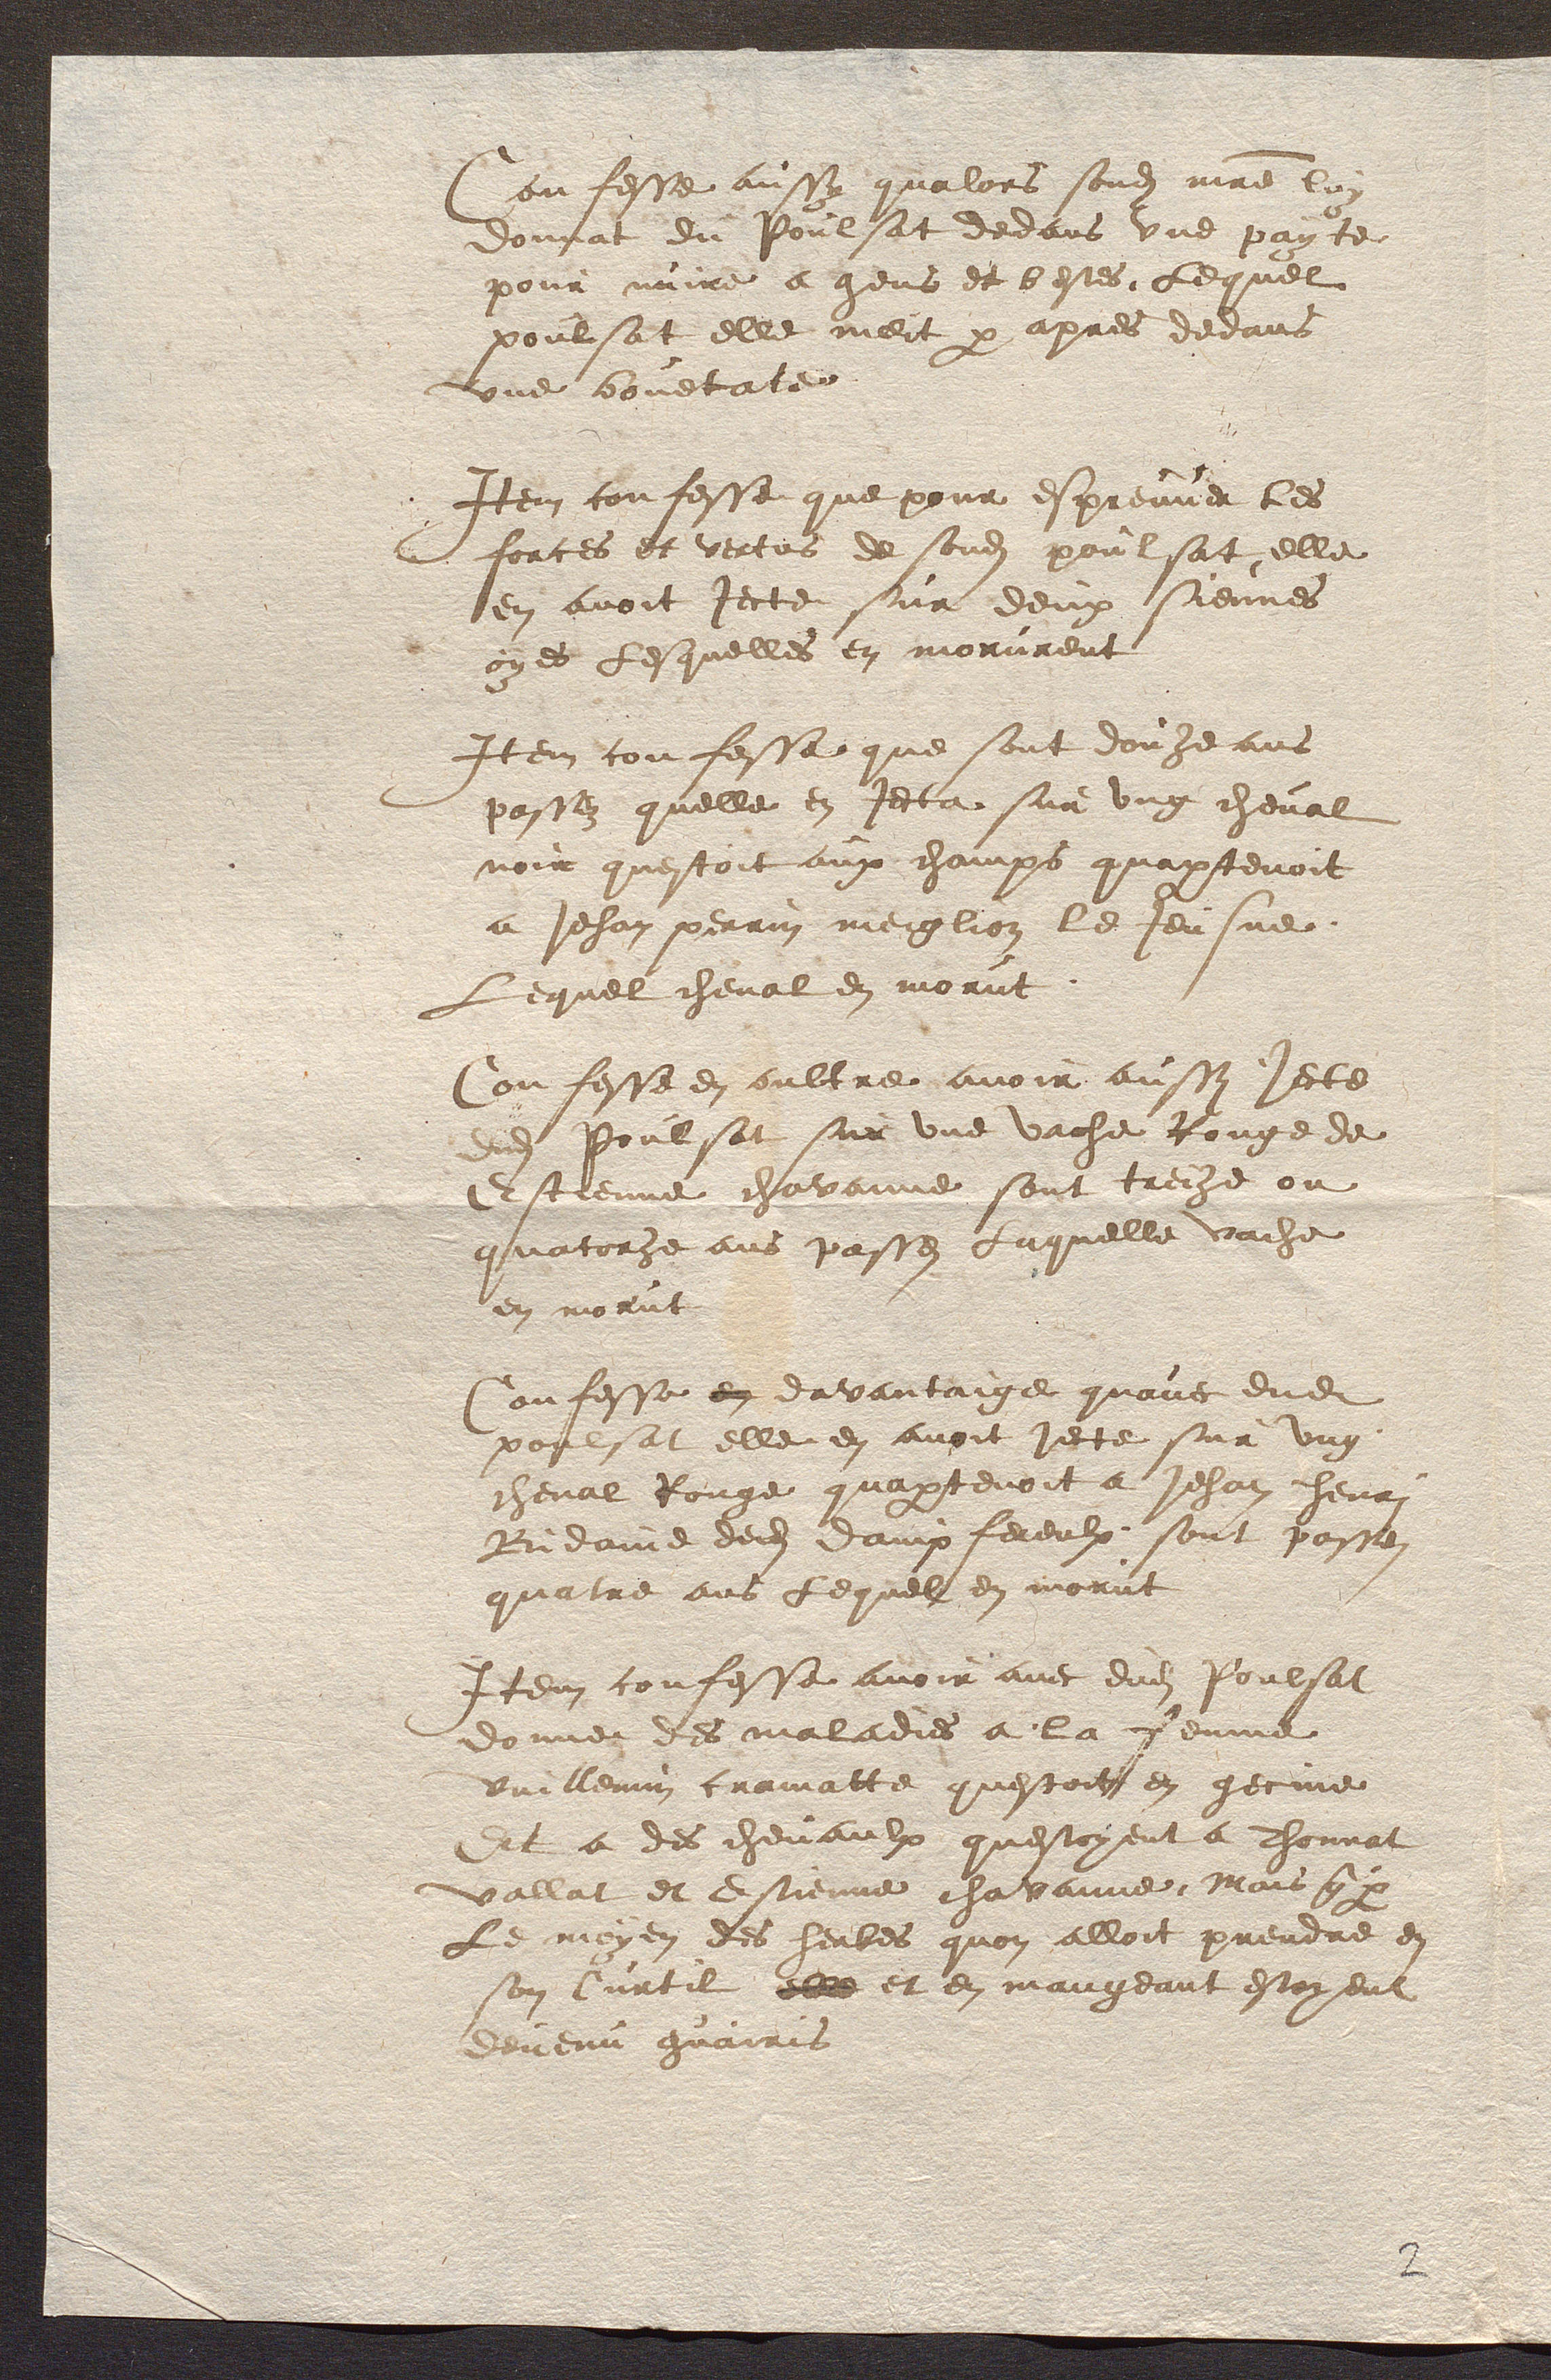
unfesse aussy qualors sondit maitre lon
donnat du Poulsat dedans une payte
pour nuire a gens et bestes. Lequel
poulsat elle meit par apres devans
une bouetate
Item confesse que pour espreuver les
forces et vertus de sondit poulsat elle
en avoit jecte sur deux siennes
oyes Lesquelles en morurent
Item confessa que sont douje ans
passes quelle en jeta sur ung cheval
noir questoit aux champs quaptenoit
a Jehan perrin meiglion le Jeusne
Lequel cheval en morut
Confesse en oultre avoir aussy jecte
adit Poulsat sur une vache Rouge de
Estienne chavanne sont treihe ou
quatoihe ans passes Laquelle vache
en morut
Confesse en davantaige quave dudit
poulsat elle en avoit jecte sur ung
cheval Rouge quapatenoit a Jehan henri
Bdamne dedit dampfereulx sont passen
quatre ans Lequel en morut
Item confessa avoir avec dudit Poulsat
donner des maladies a la femme
vuillemin cramatte questoit en gecine
Et a des chevaulx questoyent a Thonnat
vallat et Estienne chavanne. Mais quey
Le moyen des herbes quon alloit prendre en
son Curtil elle et en mangeant estoyent
devenu guairis